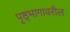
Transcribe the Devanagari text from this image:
पृष्ठ्भागावरील